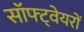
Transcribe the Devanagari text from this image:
सॉफ्ट्वेयरों